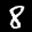
Label: 8